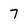
Character: 7